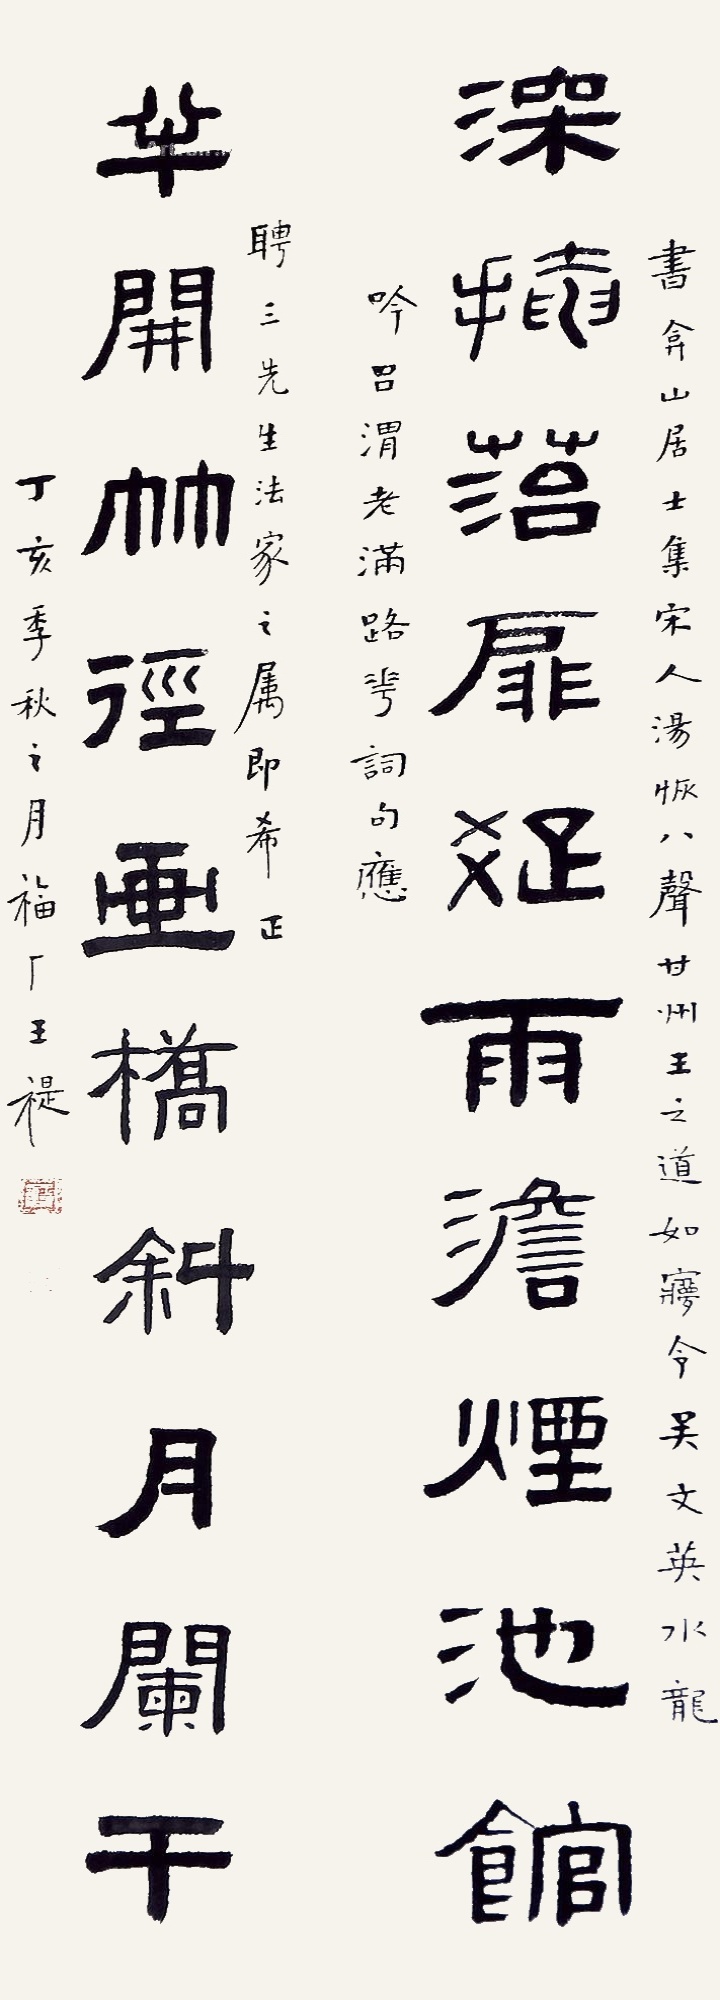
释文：深掩菭扉疏雨澹烟池馆，半开竹径画桥斜月阑干。书弇山居士集宋人汤恢八声甘州王之道如梦令吴文英水龙吟吕渭老满路花词句应聘三先生法家之属，即希正，丁亥季秋之月，福厂王禔。